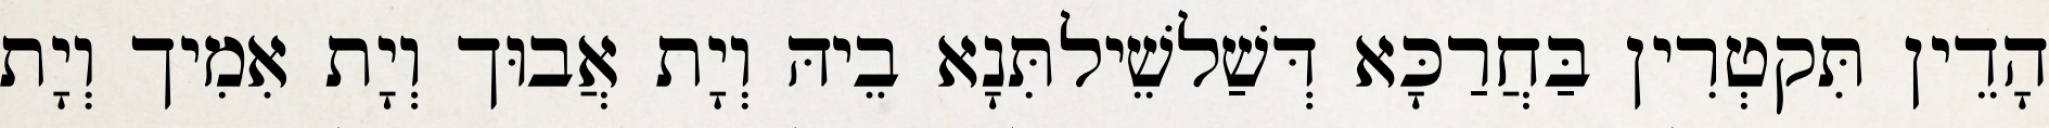
הָדֵין תִּקטְרִין בַּחֲרַכָּא דְּשַׁלשֵׁילתִּנָא בֵיהּ וְיָת אֲבוּך וְיָת אִמִיך וְיָת